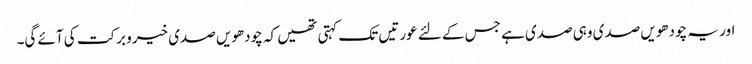
اور یہ چودھویں صدی وہی صدی ہے جس کے لئے عورتیں تک کہتی تھیں کہ چودھویں صدی خیرو برکت کی آئے گی۔